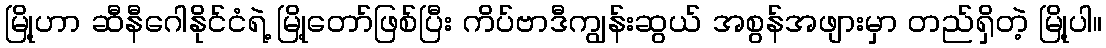
မြို့ဟာ ဆီနီဂေါနိုင်ငံရဲ့ မြို့တော်ဖြစ်ပြီး ကိပ်ဗာဒီကျွန်းဆွယ် အစွန်အဖျားမှာ တည်ရှိတဲ့ မြို့ပါ။